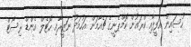
ހުސައިން އަފީފާއި ކްރައުން ކޮމްޕެނީގެ ޗެއާމަން އަހުމަދު ނަޒީރާއި ހޮޓެލް އެންޑް ރިސޯޓް